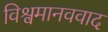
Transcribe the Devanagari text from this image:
विश्वमानववाद